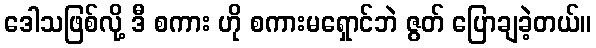
ဒေါသဖြစ်လို့ ဒီ စကား ဟို စကားမရှောင်ဘဲ ဇွတ် ပြောချခဲ့တယ်။